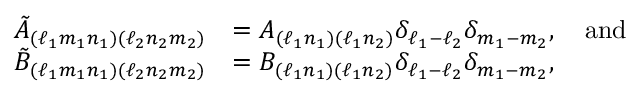
\begin{array} { r l } { \tilde { A } _ { ( \ell _ { 1 } m _ { 1 } n _ { 1 } ) ( \ell _ { 2 } n _ { 2 } m _ { 2 } ) } } & { = A _ { ( \ell _ { 1 } n _ { 1 } ) ( \ell _ { 1 } n _ { 2 } ) } \delta _ { \ell _ { 1 } - \ell _ { 2 } } \delta _ { m _ { 1 } - m _ { 2 } } , \quad \mathrm { a n d } } \\ { \tilde { B } _ { ( \ell _ { 1 } m _ { 1 } n _ { 1 } ) ( \ell _ { 2 } n _ { 2 } m _ { 2 } ) } } & { = B _ { ( \ell _ { 1 } n _ { 1 } ) ( \ell _ { 1 } n _ { 2 } ) } \delta _ { \ell _ { 1 } - \ell _ { 2 } } \delta _ { m _ { 1 } - m _ { 2 } } , } \end{array}